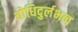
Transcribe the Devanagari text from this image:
बोधिदुर्लभत्व